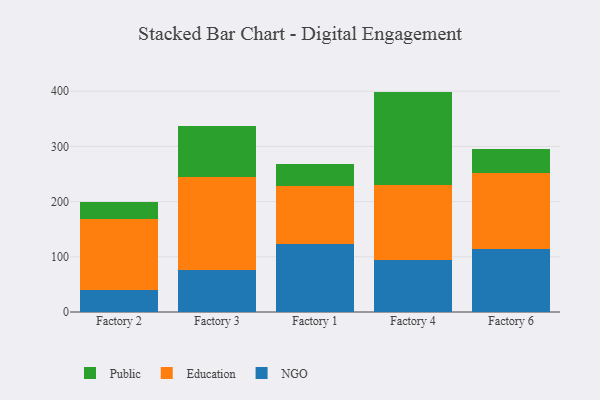
{"axis": {"x": "Factory", "y": "Temperature (°C)"}, "legend": ["Education", "NGO", "Public"], "data": [{"x": "Factory 2", "y": 40.5, "type": "NGO"}, {"x": "Factory 2", "y": 128.7, "type": "Education"}, {"x": "Factory 2", "y": 30.1, "type": "Public"}, {"x": "Factory 3", "y": 75.8, "type": "NGO"}, {"x": "Factory 3", "y": 168.4, "type": "Education"}, {"x": "Factory 3", "y": 92.4, "type": "Public"}, {"x": "Factory 1", "y": 124.1, "type": "NGO"}, {"x": "Factory 1", "y": 105.0, "type": "Education"}, {"x": "Factory 1", "y": 39.2, "type": "Public"}, {"x": "Factory 4", "y": 94.3, "type": "NGO"}, {"x": "Factory 4", "y": 136.3, "type": "Education"}, {"x": "Factory 4", "y": 168.7, "type": "Public"}, {"x": "Factory 6", "y": 114.0, "type": "NGO"}, {"x": "Factory 6", "y": 138.4, "type": "Education"}, {"x": "Factory 6", "y": 43.1, "type": "Public"}]}